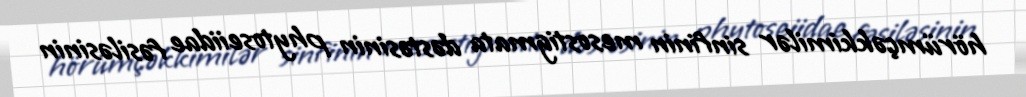
hörümçəkkimilər sinfinin mesostigmata dəstəsinin phytoseiidae fəsiləsinin